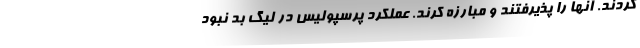
کردند. آنها را پذیرفتند و مبارزه کرند. عملکرد پرسپولیس در لیگ بد نبود